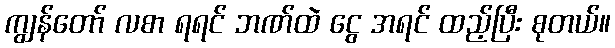
ကျွန်တော် လစာ ရရင် ဘဏ်ထဲ ငွေ အရင် ထည့်ပြီး စုတယ်။